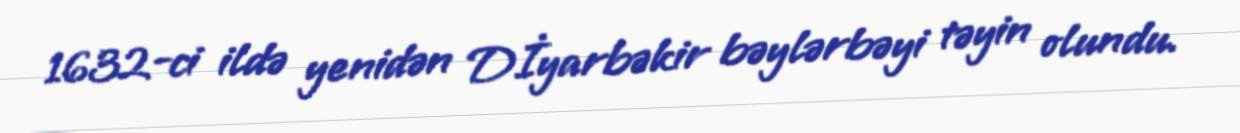
1632-ci ildə yenidən Dİyarbəkir bəylərbəyi təyin olundu.